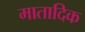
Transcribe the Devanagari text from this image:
मातादिक